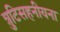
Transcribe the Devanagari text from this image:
त्रुटिसहनीयना